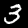
Label: 3